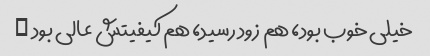
خیلی خوب بود، هم زود رسید، هم کیفیتش عالی بود …